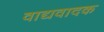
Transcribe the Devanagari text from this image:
वाद्यवादक